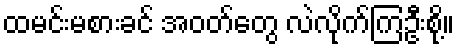
ထမင်းမစားခင် အဝတ်တွေ လဲလိုက်ကြဦးစို့။